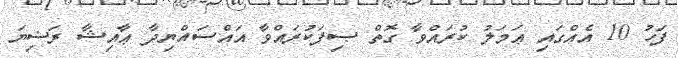
ފަހު 10 އެއްގައި ޢަމަލު ކުރައްވާ ގޮތް ޞިފަކުރައްވާ އައްސައްޔިދާ ޢާއިޝާ ރަޟިޔަ